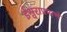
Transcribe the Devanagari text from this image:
ईश्वराप्रमाणे